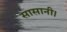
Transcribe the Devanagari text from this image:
सासानी।